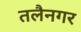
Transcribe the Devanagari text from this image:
तलैनगर